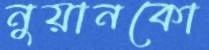
নুয়ানকো